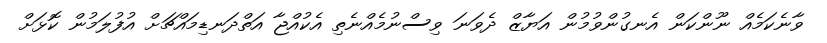
ވާނެކަމެއް ނޫންކަން އެނގުންވުމުން އަޔާޒް ދެވަނަ ވިސްނުމެއްނެތި އެކުއްޖާ އަތްދަނޑިމައްޗަށް އުފުލަމުން ކޮޅަށް